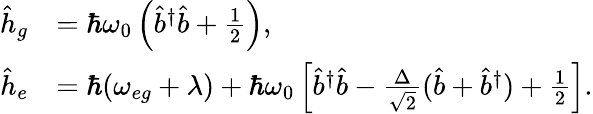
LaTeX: \begin{array}{rl}{\hat{h}_{g}}&{=\hbar\omega_{0}\left(\hat{b}^{\dagger}\hat{b}+\frac{1}{2}\right),}\\ {\hat{h}_{e}}&{=\hbar(\omega_{eg}+\lambda)+\hbar\omega_{0}\left[\hat{b}^{\dagger}\hat{b}-\frac{\Delta}{\sqrt{2}}(\hat{b}+\hat{b}^{\dagger})+\frac{1}{2}\right].}\end{array}